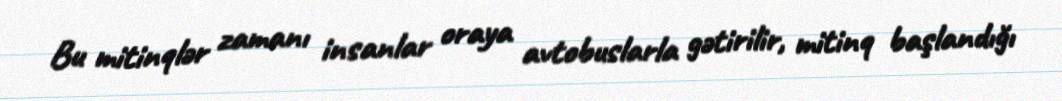
Bu mitinqlər zamanı insanlar oraya avtobuslarla gətirilir, mitinq başlandığı